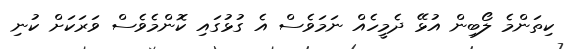
ކިތަންމެ ލޯބިން އުޅޭ ދެމީހެއް ނަމަވެސް އެ ގުޅުުގައި ކޮންމެވެސް ވަރަކަށް ކުނި